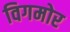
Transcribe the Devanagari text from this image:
विगमोर